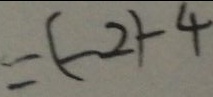
= ( - 2 ) - 4